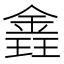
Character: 錱